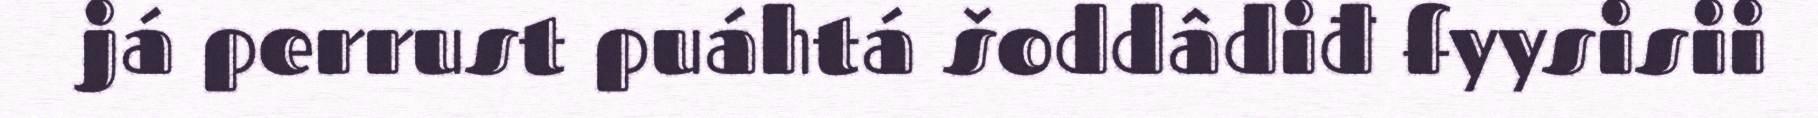
já perrust puáhtá šoddâdiđ fyysisii